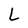
Character: L